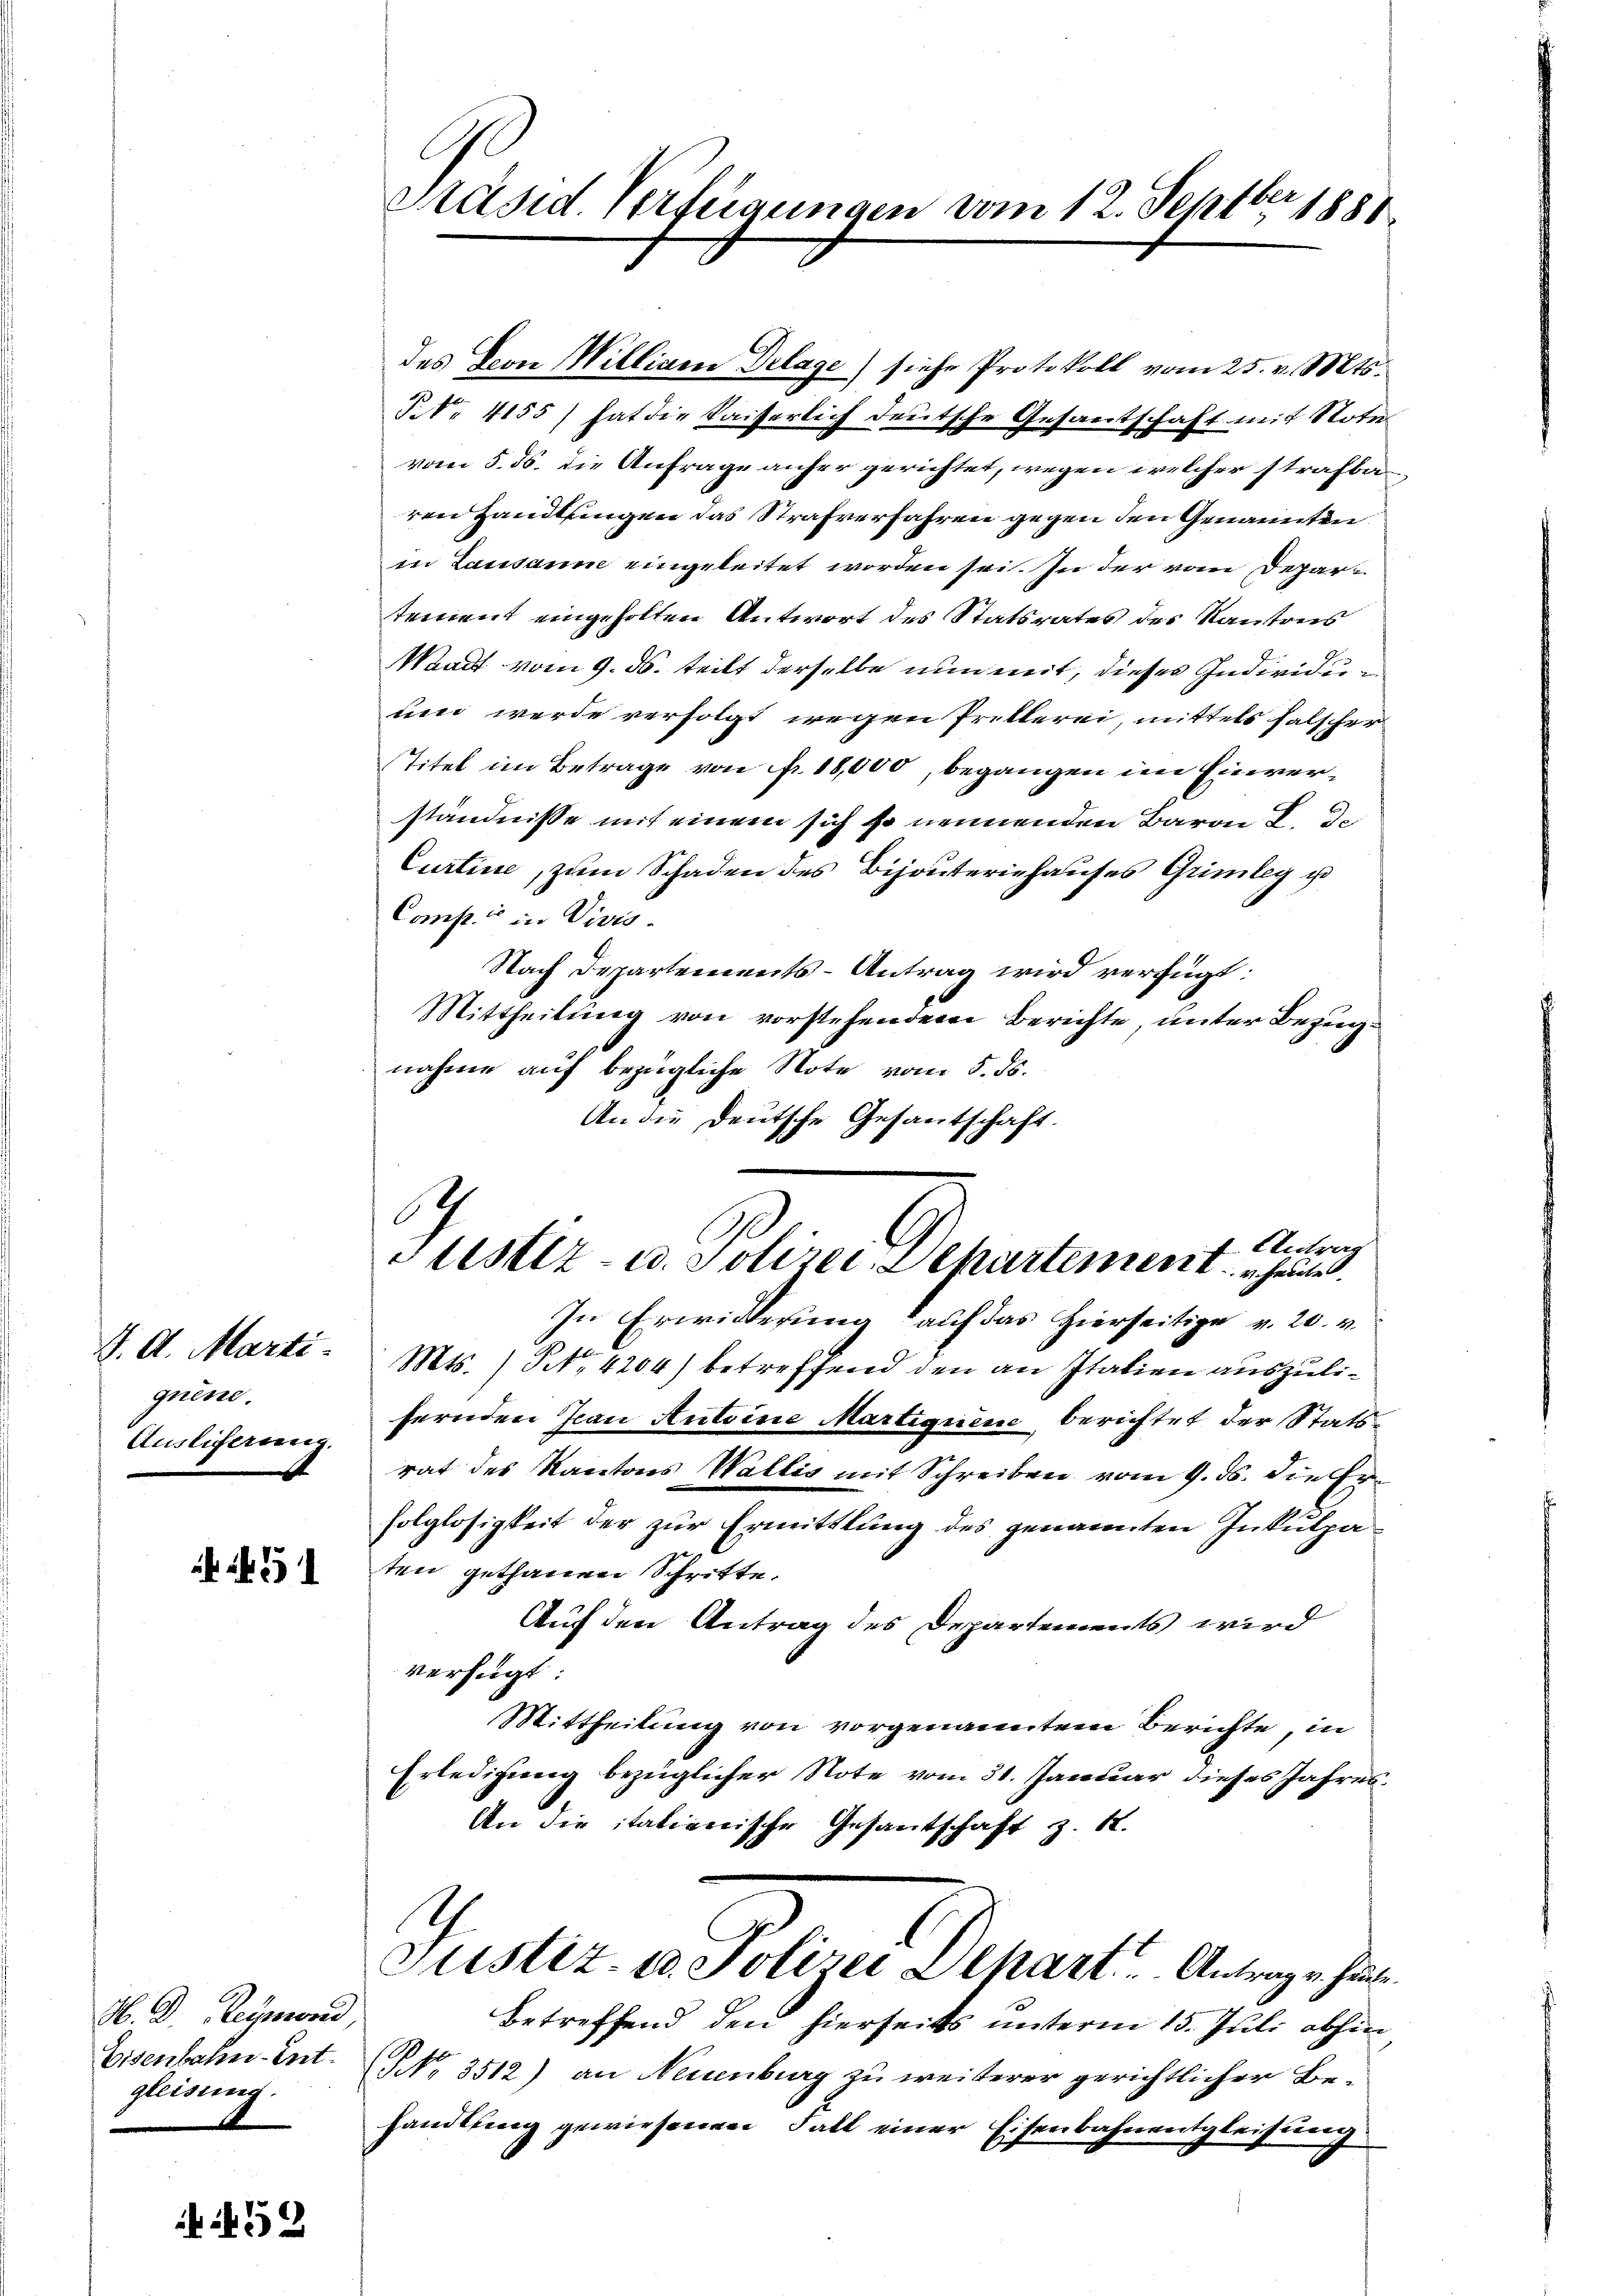
J. A. Marti
quene.
Ausliferung.

51

H. D. Reymond,
Eisenbahn-Entgleisung.

N 59

Präsid. Verfügungen vom 12. Septbr 1881

des Seon William Delage) siche Protokoll vom 25. v. Mts.
P.N. 4155) hat die Kaiserlich deutsche Gesantschaft mit Notu
vom 5. ds. die Anfrage anher gerichtet, wegen welcher strafba
von Handlungen das Strafverfahren gegen den Genannten
in Lausaum eingeleitet worden sei. In der vom Departement eingeholten Antwort des Statsrates des Kantons
Waadt vom 9. ds. teilt derselbe nun mit, dieses Individuuen werde verfolgt wegen Pritlerei, mittels falscher
Titel im Betrage von fr. 18,000, begangen im Einverständnisse mit einem sich so nennenden Baron F. de
Curtine, zum Schaden des Bijouteriehauses Grimleg u
Comp. in Divis.
Nach Departements-Antrag wird verfügt:
Mittheilung von vorstehenden Berichte, unter Bezugnahme auf bezügliche Note vom 5. ds.
An die Deutsche Gesantschaft.

Mts. / NNo. 4204) betreffend den an Italien auszulifernden Jean Antoine Martiguine berichtet der Statsrat des Kantons Wallis mit Schreiben vom 9. ds. die Erfolglosigkeit der zur Ermittlung des genannten Inkulpaten gethanen Schritte.
Auf den Antrag des Departements wird
verfügt
Mittheilung von vorgenanntem Berichte, in
Erledigung bezüglicher Note vom 31. Januar dieses Jahres¬
An die italienische Gesantschaft z. B.

betreffend den hierseits unterm 15. Juli abhin
NNo. 3512) an Neuenburg zu weiterer gerichtlicher Behandlung gewiesenen Fall einer Eisenbahnentgleisung

f. Antrag
Stestiz- u. Polizei-Separtement heute.
In Erwilderung auf das hierseitige v. 20. v.

Justiz- u. Polizei Depart. Antragen heute.